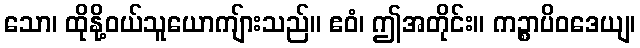
သော၊ ထိုနို့ဝယ်သူယောကျ်ားသည်။ ဧဝံ၊ ဤအတိုင်း။ ကဉ္စာပိဝဒေယျ၊